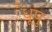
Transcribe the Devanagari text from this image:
धूपु